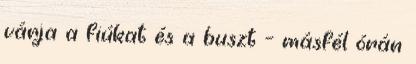
várja a fiúkat és a buszt – másfél órán